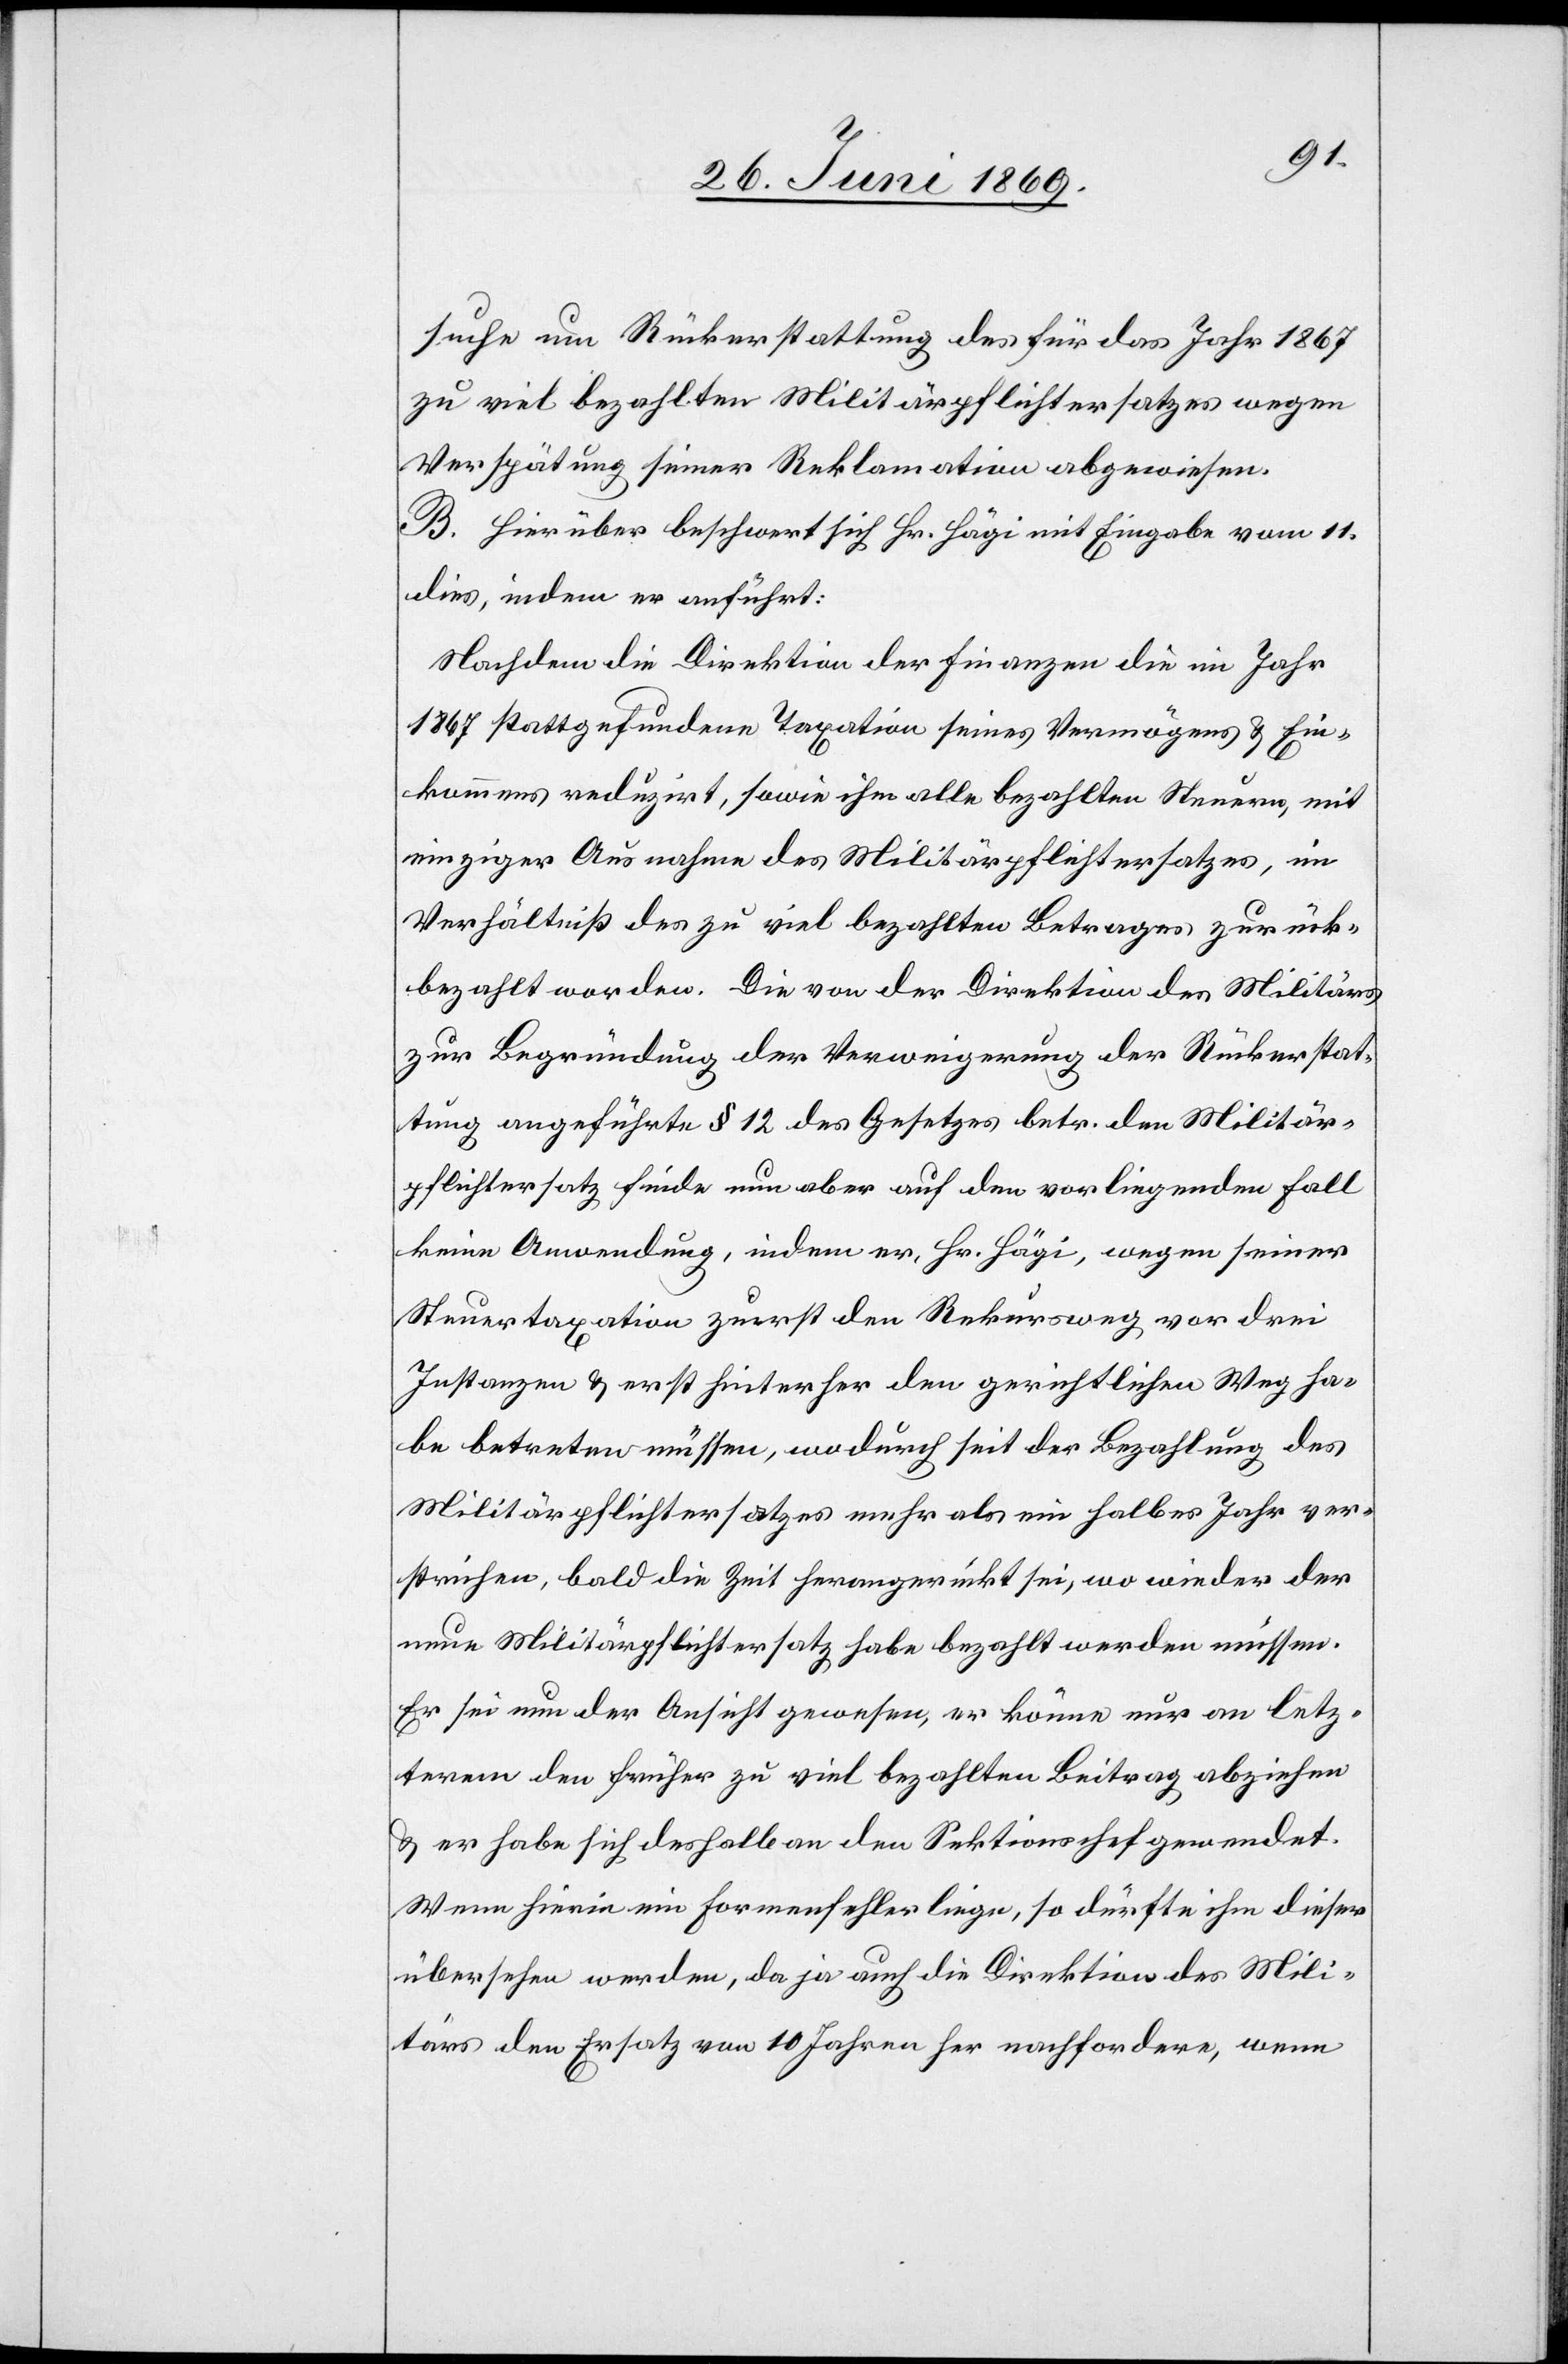
suche um Rückerstattung des für das Jahr 1867
zu viel bezahlten Militärpflichtersatzes wegen
Verspätung seiner Reklamation abgewiesen.
B. Hierüber beschwert sich Hr. Hägi mit Eingabe vom 11
dies, indem er anführt:
Nachdem die Direktion der Finanzen die im Jahr
1867 stattgefundene Taxation seines Vermögens u. Ein¬
kommens reduzirt, sowie ihm alle bezahlten Steuern, mit
einziger Ausnahme des Militärpflichtersatzes, im
Verhältniß des zu viel bezahlten Betrages zurück¬
bezahlt worden. Die von der Direktion des Militärs
zur Begründung der Verweigerung der Rückerstat¬
tung angeführte § 12 des Gesetzes betr. den Militär¬
pflichtersatz finde nun aber auf dem vorliegenden Fall
keine Anordnung, indem er, Hr. Hägi, wegen seiner
Steuertaxation zuerst den Rekursweg vor drei
Instanzen u. erst hinterher den gerichtlichen Weg ha¬
be betreten müssen, wodurch seit der Bezahlung des
Militärpflichtersatzes mehr als ein halbes Jahr ver¬
strichen, bald die Zeit herangerückt sei, wo wieder der
neue Militärpflichtersatz habe bezahlt werden müssen.
Er sei nun der Ansicht gewesen, er könne nur an letz¬
terem den früher zu viel bezahlten Beitrag abziehen
u. er habe sich deshalb an den Sektionschef gewendet.
Wenn hierin ein Formenfehler liege, so dürfte ihm dieser
übersehen werden, da ja auch die Direktion des Mili¬
tärs den Ersatz von 10 Jahren her nachfordere, wenn